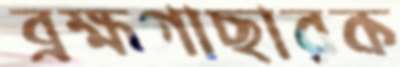
ব্রহ্মগাছারক